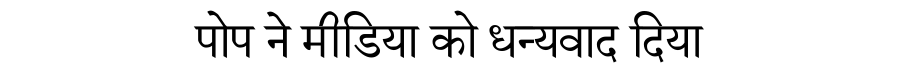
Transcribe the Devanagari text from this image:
पोप ने मीडिया को धन्यवाद दिया